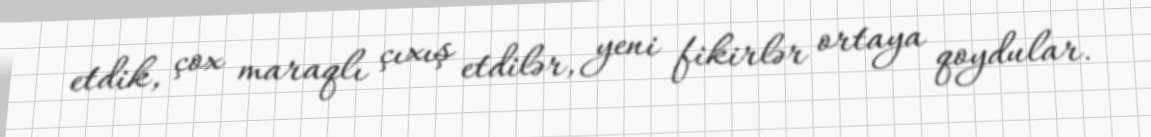
etdik, çox maraqlı çıxış etdilər, yeni fikirlər ortaya qoydular.